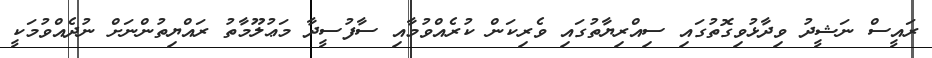
ރައީސް ނަޝީދު ވިދާޅުވިގޮތުގައި ސިއްރިޔާތުގައި ވެރިކަން ކުރެއްވުމާއި ސާފުސީދާ މަޢުލޫމާތު ރައްޔިތުންނަށް ނުދެއްވުމަކީ